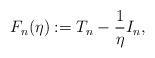
LaTeX: \begin{align*}F_n(\eta) : = T_n - \frac{1}{\eta}I_n,\end{align*}